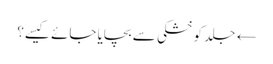
← جلد کو خشکی سے بچایا جائے کیسے؟